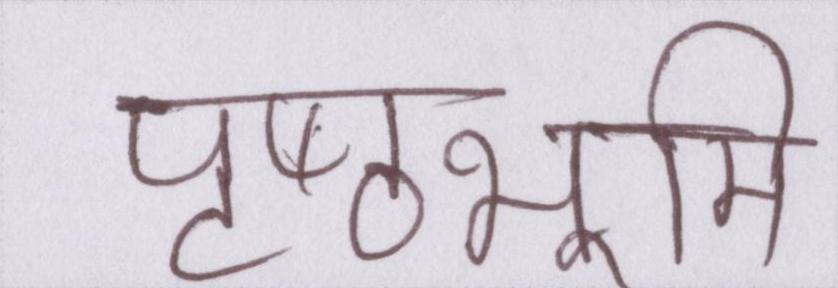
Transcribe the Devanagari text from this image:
पृष्ठभूमि